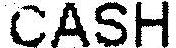
CASH